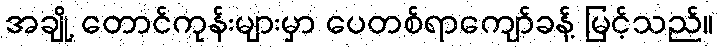
အချို့ တောင်ကုန်းများမှာ ပေတစ်ရာကျော်ခန့် မြင့်သည်။